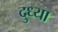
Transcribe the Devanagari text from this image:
दुध्या